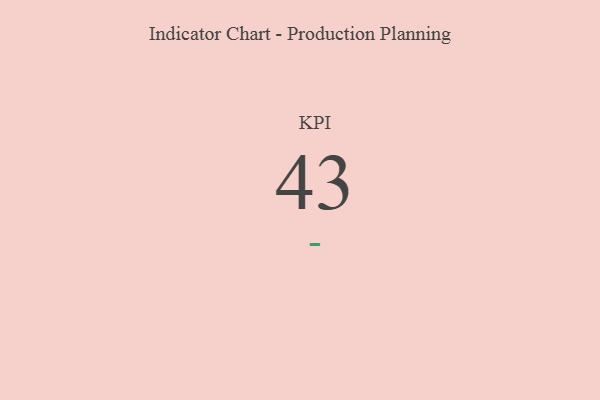
{"axis": {"x": "KPI", "y": "Value"}, "legend": [""], "data": [{"x": "KPI", "y": 43, "type": ""}]}